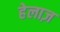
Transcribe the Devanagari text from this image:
हेलाज़